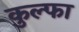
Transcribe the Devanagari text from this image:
कुल्‍फा